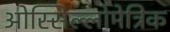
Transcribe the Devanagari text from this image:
ओस्सिल्लोमेत्रिक